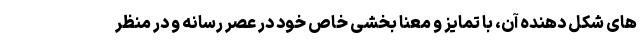
های شکل دهنده آن، با تمایز و معنا بخشی خاص خود در عصر رسانه و در منظر